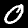
Label: 0